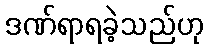
ဒဏ်ရာရခဲ့သည်ဟု